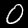
Label: 0